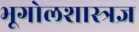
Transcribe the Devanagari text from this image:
भूगोलशास्त्रज्ञ